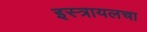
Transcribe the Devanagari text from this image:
इस्त्रायलचा